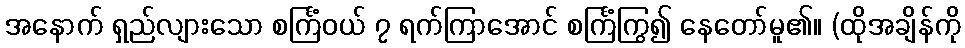
အနောက် ရှည်လျားသော စင်္ကြံဝယ် ၇ ရက်ကြာအောင် စင်္ကြံကြွ၍ နေတော်မူ၏။ (ထိုအချိန်ကို